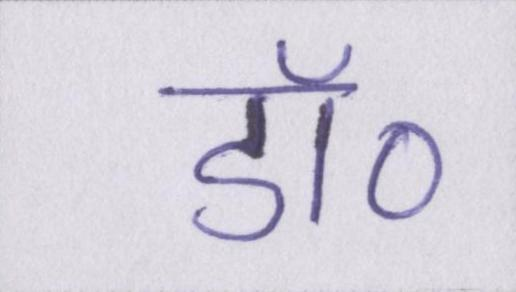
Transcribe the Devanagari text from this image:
डॉ॰